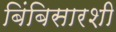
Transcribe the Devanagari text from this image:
बिंबिसारशी